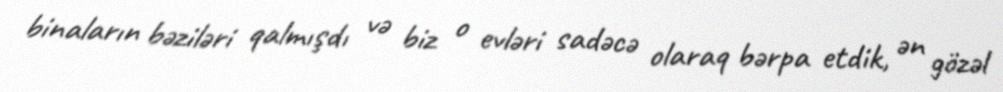
binaların bəziləri qalmışdı və biz o evləri sadəcə olaraq bərpa etdik, ən gözəl